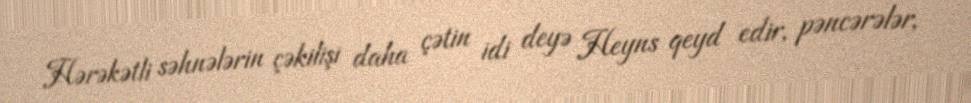
Hərəkətli səhnələrin çəkilişi daha çətin idi deyə Heyns qeyd edir, pəncərələr,